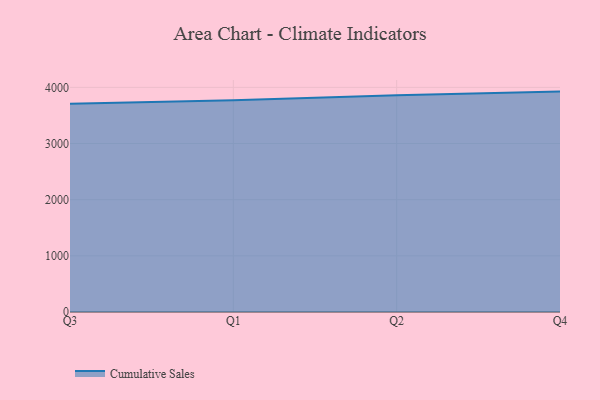
{"axis": {"x": "Quarter", "y": "Budget (USD K)"}, "legend": ["Cumulative Sales"], "data": [{"x": "Q3", "y": 3707.2, "type": "Cumulative Sales"}, {"x": "Q1", "y": 3771.9, "type": "Cumulative Sales"}, {"x": "Q2", "y": 3860.0, "type": "Cumulative Sales"}, {"x": "Q4", "y": 3924.9, "type": "Cumulative Sales"}]}